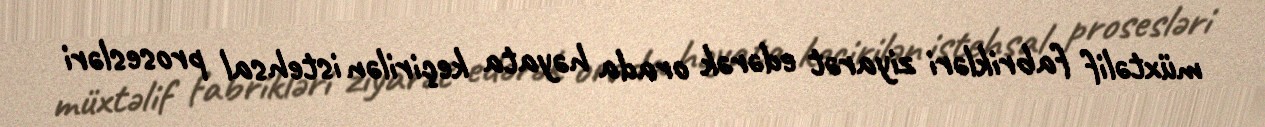
müxtəlif fabrikləri ziyarət edərək orada həyata keçirilən istehsal prosesləri